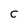
Character: C